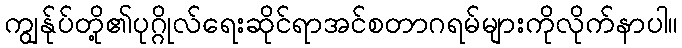
ကျွန်ုပ်တို့၏ပုဂ္ဂိုလ်ရေးဆိုင်ရာအင်စတာဂရမ်များကိုလိုက်နာပါ။